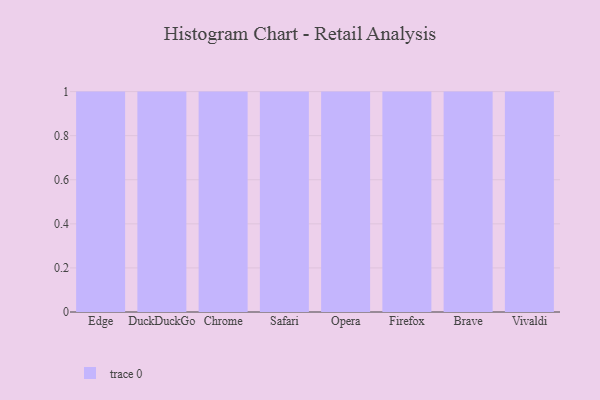
{"axis": {"x": "Browser", "y": "Production Output"}, "legend": [""], "data": [{"x": "Edge", "y": 35, "type": ""}, {"x": "DuckDuckGo", "y": 72, "type": ""}, {"x": "Chrome", "y": 76, "type": ""}, {"x": "Safari", "y": 91, "type": ""}, {"x": "Opera", "y": 44, "type": ""}, {"x": "Firefox", "y": 80, "type": ""}, {"x": "Brave", "y": 40, "type": ""}, {"x": "Vivaldi", "y": 20, "type": ""}]}